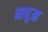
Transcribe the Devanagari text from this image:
माधूआ